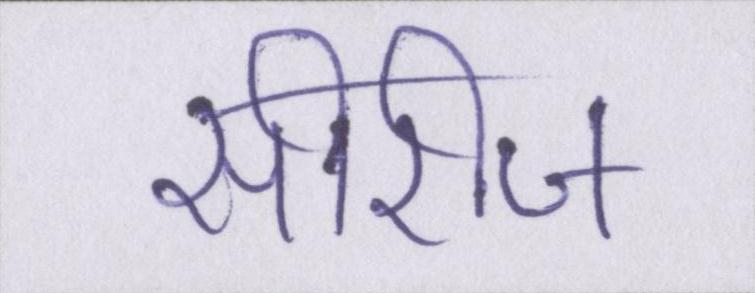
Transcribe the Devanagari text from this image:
सीरीज